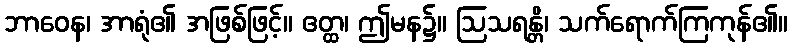
ဘာဝေန၊ အာရုံ၏ အဖြစ်ဖြင့်။ ဧတ္ထ၊ ဤမန၌။ ဩသရန္တိ၊ သက်ရောက်ကြကုန်၏။